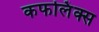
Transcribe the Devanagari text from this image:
कफलिंक्स